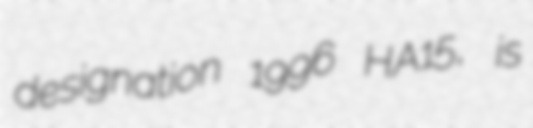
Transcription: designation 1996 HA15, is